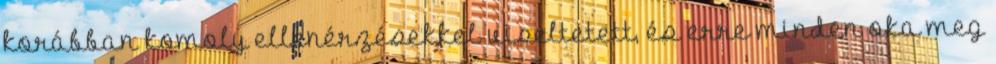
korábban komoly ellenérzésekkel viseltetett, és erre minden oka meg